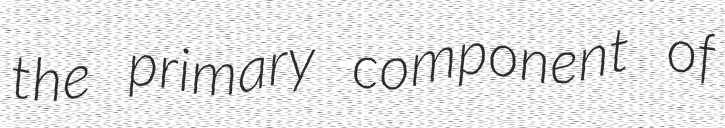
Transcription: the primary component of